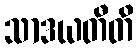
သာဒယတီတိ